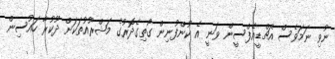
ނުވި ނަމަވެސް އެޗްޑީއެފްސީން ވަނީ އެ ކުންފުނިން ގޯތިގެދޮރުގެ މަޝްރޫއުތަކަށް ދޫކުރާ ހައުސިން